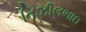
નિઝીલભાઇ